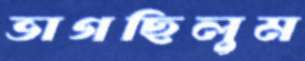
ভাগছিলুম